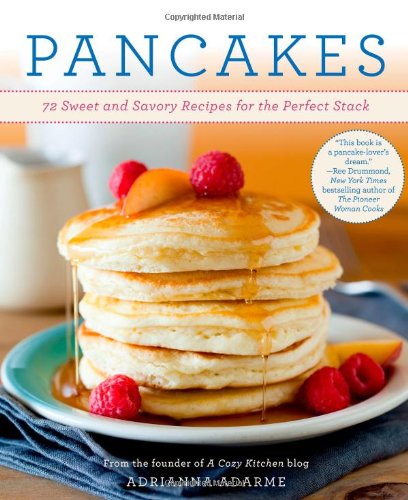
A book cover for Pancakes: 72 Sweet and Savory Recipes for the Perfect Stack; Adrianna Adarme; Cookbooks, Food & Wine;